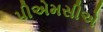
પીએમસીએ